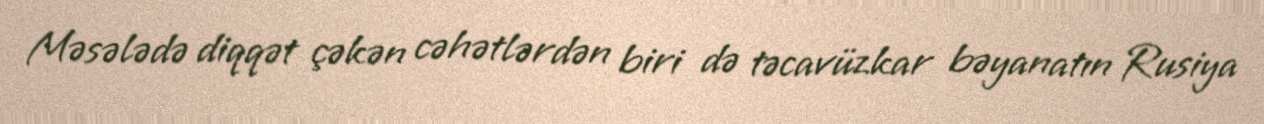
Məsələdə diqqət çəkən cəhətlərdən biri də təcavüzkar bəyanatın Rusiya